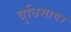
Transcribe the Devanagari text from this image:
बुधिसागर